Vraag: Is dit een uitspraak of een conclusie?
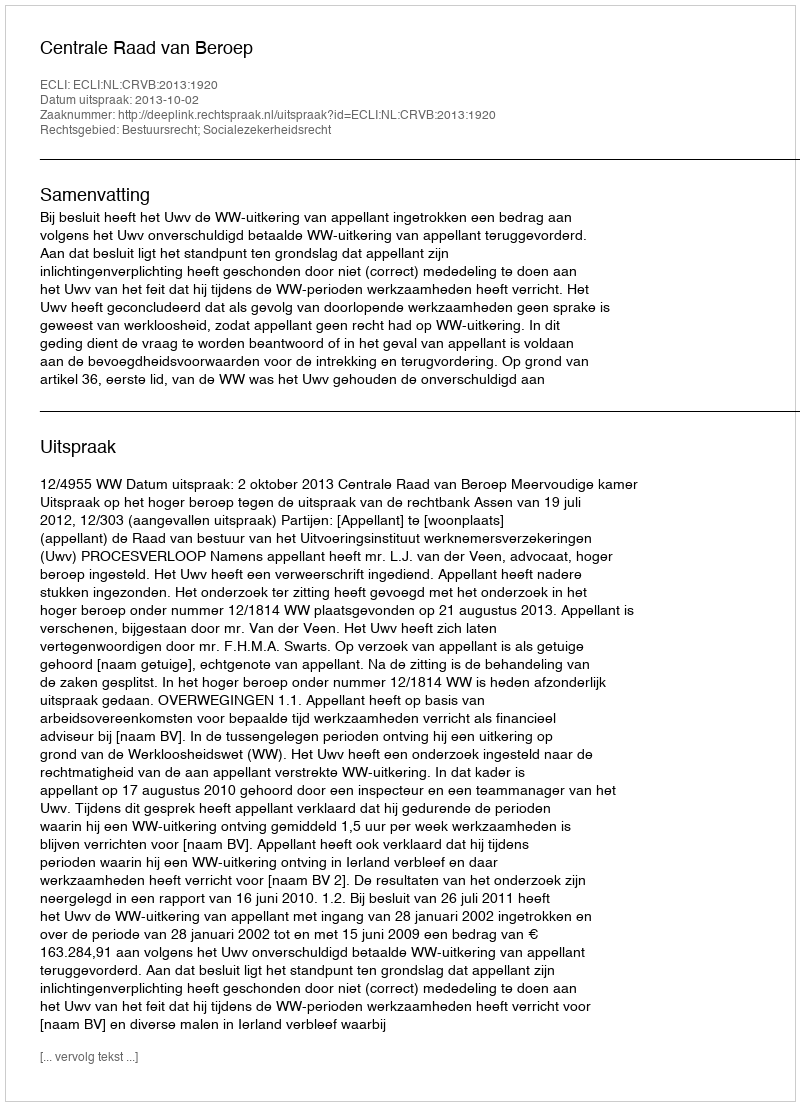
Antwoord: Uitspraak